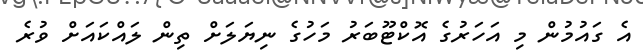
އެ ގައުމުން މި އަހަރުގެ އޮކްޓޫބަރު މަހުގެ ނިޔަލަށް ތިން ލައްކައަށް ވުރެ